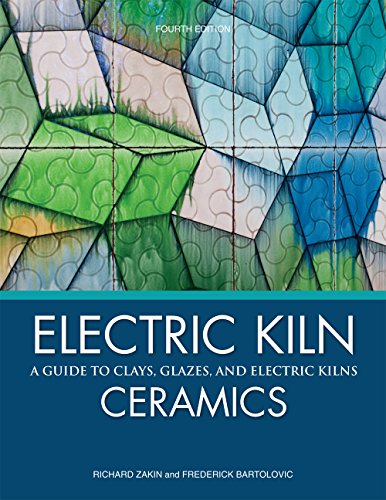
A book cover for Electric Kiln Ceramics: A Guide to Clays, Glazes, and Electric Kilns; Richard Zakin; Crafts, Hobbies & Home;